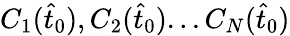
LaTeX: C_{1}(\hat{t}_{0}),C_{2}(\hat{t}_{0})...C_{N}(\hat{t}_{0})